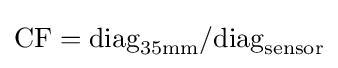
{\text{CF}}={\text{diag}}_{35{\text{mm}}}/{\text{diag}}_{\text{sensor}}